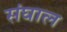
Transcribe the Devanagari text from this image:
संघाल